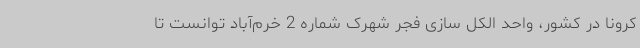
کرونا در کشور، واحد الکل سازی فجر شهرک شماره 2 خرم‌آباد توانست تا